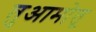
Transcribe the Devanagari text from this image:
तुआमोतू